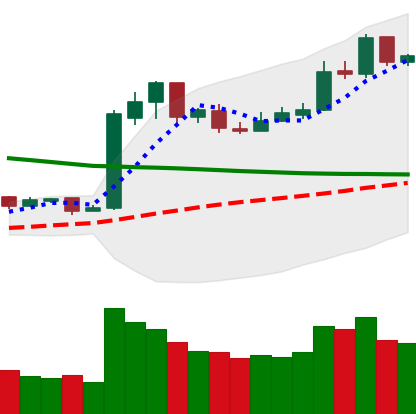
Ticker: LTC-USD
Chart end date: 2019-02-22
Forward return: -8.482%
Label: down_7plus